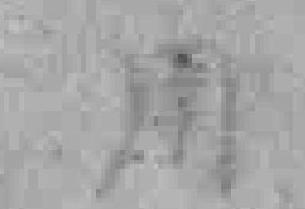
用